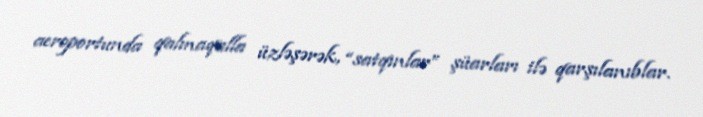
aeroportunda qalmaqalla üzləşərək, “satqınlar” şüarları ilə qarşılanıblar.